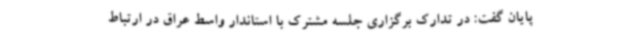
پایان گفت: در تدارک برگزاری جلسه مشترک با استاندار واسط عراق در ارتباط